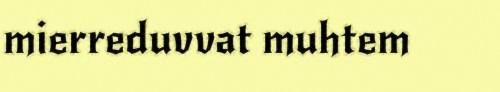
mierreduvvat muhtem